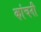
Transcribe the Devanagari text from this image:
कांचनी